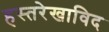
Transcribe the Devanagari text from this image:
हस्तरेखाविद